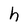
Character: h